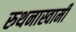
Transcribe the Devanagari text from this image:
रुथनास्वामी